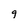
Character: 9